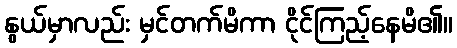
နွယ်မှာလည်း မှင်တက်မိကာ ငိုင်ကြည့်နေမိ၏။